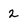
Character: 2